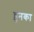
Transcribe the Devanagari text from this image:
हुनका